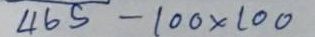
465 - 100 x 100